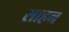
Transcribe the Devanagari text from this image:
साहन